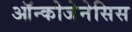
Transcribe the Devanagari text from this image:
ऑन्कोजेनेसिस